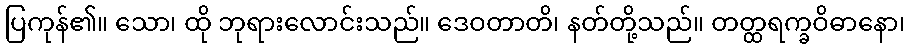
ပြကုန်၏။ သော၊ ထို ဘုရားလောင်းသည်။ ဒေဝတာတိ၊ နတ်တို့သည်။ တတ္ထရက္ခဝိဓာနော၊